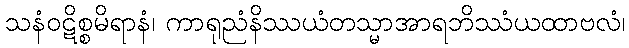
သနံဝဋိစ္စမိရာနံ၊ ကာရုညံနိဿယံတသ္မာအာရဘိဿံယထာဗလံ၊